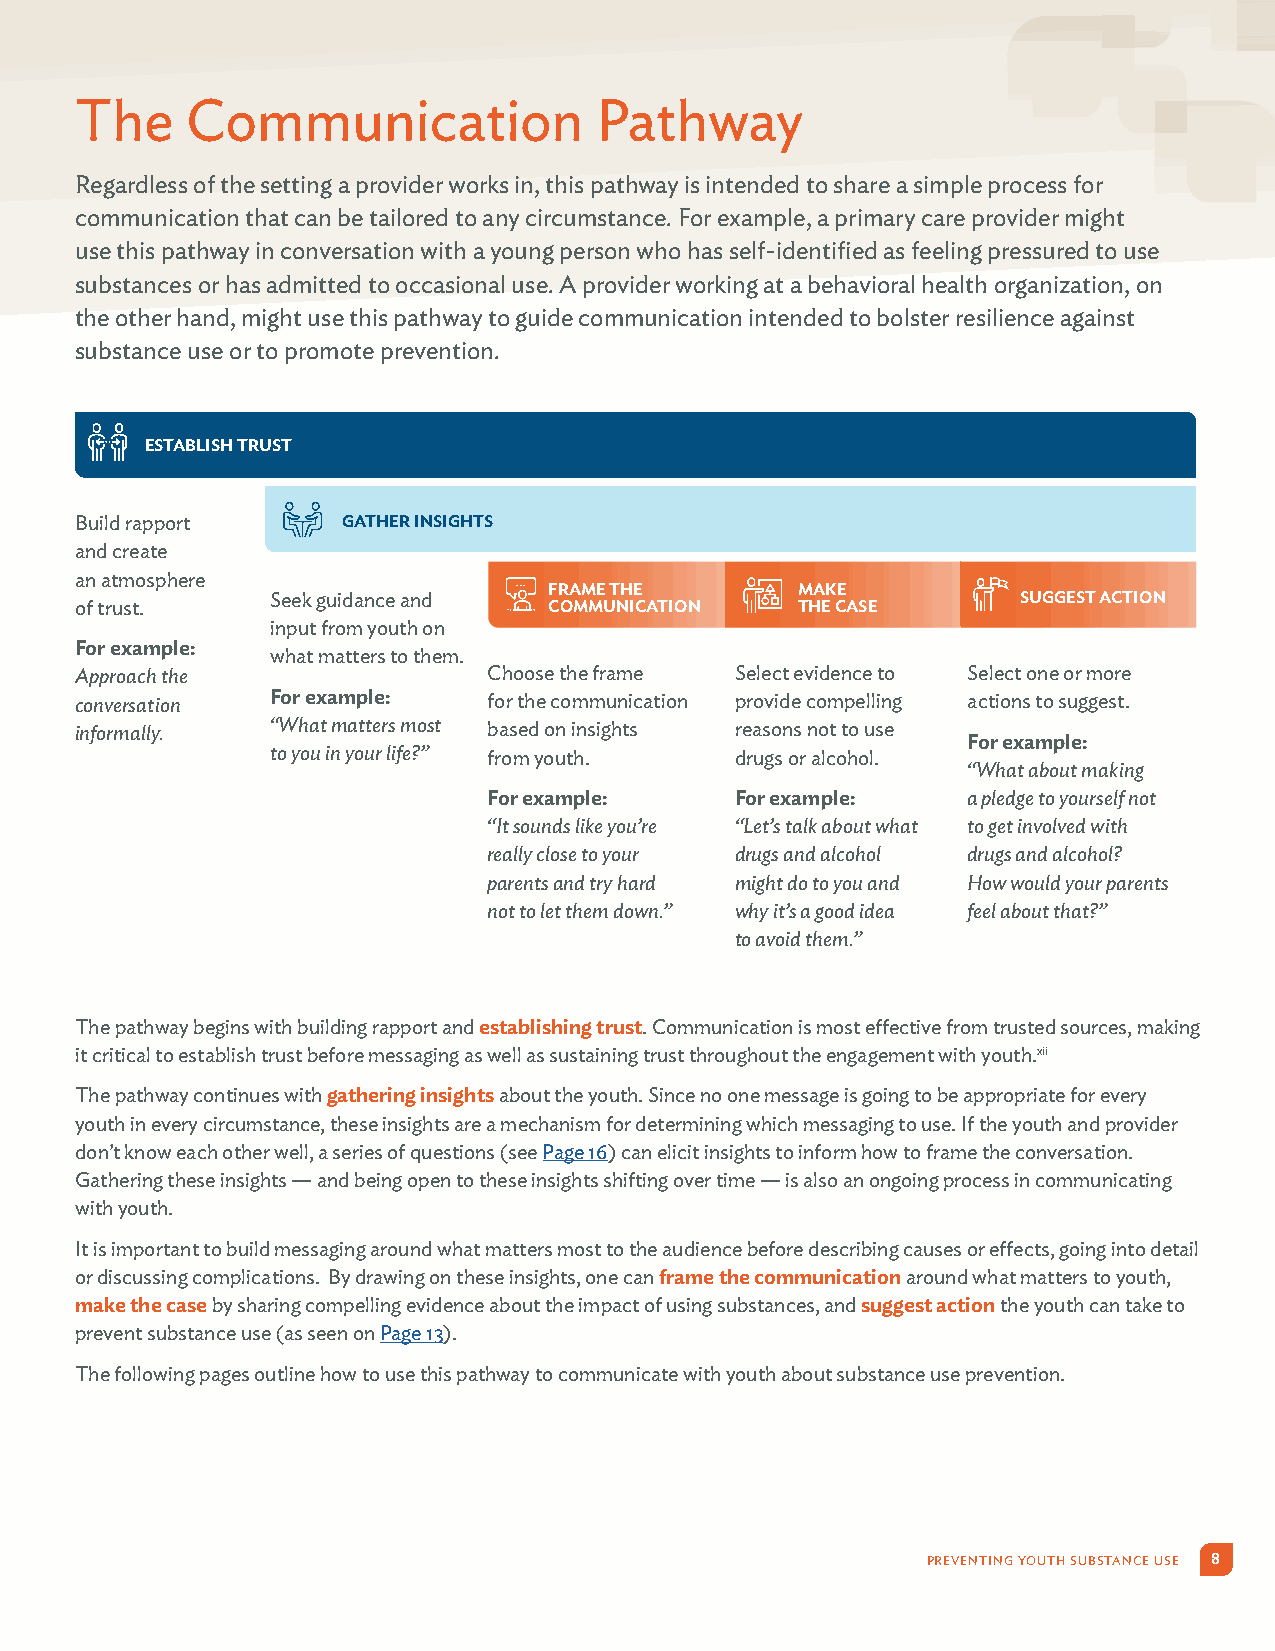
The    Communication              Pathway
 Regardless of the setting a provider works in, this pathway is intended to share a simple process for
 communication that can be tailored to any circumstance. For example, a primary care provider might
 use this pathway in conversation with a young person who has self-identified as feeling pressured to use
 substances or has admitted to occasional use. A provider working at a behavioral health organization, on
 the other hand, might use this pathway to guide communication intended to bolster resilience against
 substance use or to promote prevention.
 ESTABLISH TRUST
 Build rapport     GATHER INSIGHTS
 and create
 an atmosphere
 FRAME THE        MAKE
 Seek guidance and                                 SUGGEST ACTION
 of trust.                      COMMUNICATION    THE CASE
 input from youth on
 For example:
 what matters to them.
 Approach the               Choose the frame Select evidence to Select one or more
 conversation For example:  for the communication provide compelling actions to suggest.
 informally.  “What matters most based on insights reasons not to use
 For example:
 to you in your life?” from youth. drugs or alcohol.
 “What about making
 For example:     For example:   a pledge to yourself not
 “It sounds like you’re “Let’s talk about what to get involved with
 really close to your drugs and alcohol drugs and alcohol?
 parents and try hard might do to you and How would your parents
 not to let them down.” why it’s a good idea feel about that?”
 to avoid them.”
 The pathway begins with building rapport and establishing trust. Communication is most effective from trusted sources, making
 it critical to establish trust before messaging as well as sustaining trust throughout the engagement with youth.xii
 The pathway continues with gathering insights about the youth. Since no one message is going to be appropriate for every
 youth in every circumstance, these insights are a mechanism for determining which messaging to use. If the youth and provider
 don’t know each other well, a series of questions (see Page 16) can elicit insights to inform how to frame the conversation.
 Gathering these insights — and being open to these insights shifting over time — is also an ongoing process in communicating
 with youth.
 It is important to build messaging around what matters most to the audience before describing causes or effects, going into detail
 or discussing complications. By drawing on these insights, one can frame the communication around what matters to youth,
 make the case by sharing compelling evidence about the impact of using substances, and suggest action the youth can take to
 prevent substance use (as seen on Page 13).
 The following pages outline how to use this pathway to communicate with youth about substance use prevention.
 PREVENTING YOUTH SUBSTANCE USE 8